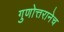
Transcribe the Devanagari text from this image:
गुणोत्तरानेच